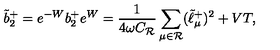
\tilde { b } _ { 2 } ^ { + } = e ^ { - W } b _ { 2 } ^ { + } e ^ { W } = { \frac { 1 } { 4 \omega C _ { \cal R } } } \sum _ { \mu \in { \cal R } } ( \tilde { \ell } _ { \mu } ^ { + } ) ^ { 2 } + V T ,